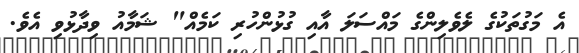
އެ މަގުތަކުގެ ލެވެލިންގެ މައްސަލަ އާއި ގުޅުންހުރި ކަމެއް" ޝަމާއު ވިދާޅުވި އެވެ.